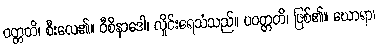
ဝတ္တတိ၊ စီးလေ၏။ ဝီစိနာဒေါ၊ လှိုင်းရေသံသည်။ ပဝတ္တတိ၊ ဖြစ်၏။ ဃောရာ၊